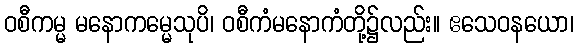
ဝစီကမ္မ မနောကမ္မေသုပိ၊ ဝစီကံမနောကံတို့၌လည်း။ ဧသေဝနယော၊